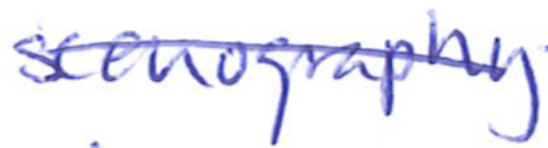
Text: scenography
Cross-out: diagonal
Writing tool: ballpoint